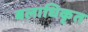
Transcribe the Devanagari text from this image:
बलाधिकृत